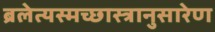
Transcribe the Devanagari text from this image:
ब्रलेत्यस्मच्छास्त्रानुसारेण